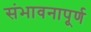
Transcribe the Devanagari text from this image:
संभावनापूर्ण